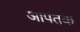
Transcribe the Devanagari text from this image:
आपतक